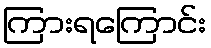
ကြားရကြောင်း